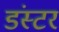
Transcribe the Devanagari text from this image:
डंस्टर